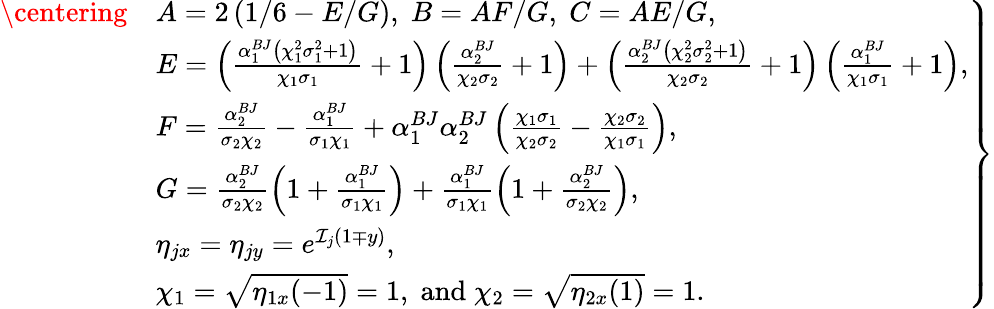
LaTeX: \begin{array}{r}{\left.\begin{array}{rl}{\centering}&{A=2\left(1/6-E/G\right),\; B=AF/G,\; C=AE/G,}\\ &{E=\left(\frac{\alpha_{1}^{BJ}\left(\chi_{1}^{2}\sigma_{1}^{2}+1\right)}{\chi_{1}\sigma_{1}}+1\right)\left(\frac{\alpha_{2}^{BJ}}{\chi_{2}\sigma_{2}}+1\right)+\left(\frac{\alpha_{2}^{BJ}\left(\chi_{2}^{2}\sigma_{2}^{2}+1\right)}{\chi_{2}\sigma_{2}}+1\right)\left(\frac{\alpha_{1}^{BJ}}{\chi_{1}\sigma_{1}}+1\right),}\\ &{F=\frac{\alpha_{2}^{BJ}}{\sigma_{2}\chi_{2}}-\frac{\alpha_{1}^{BJ}}{\sigma_{1}\chi_{1}}+\alpha_{1}^{BJ}\alpha_{2}^{BJ}\left(\frac{\chi_{1}\sigma_{1}}{\chi_{2}\sigma_{2}}-\frac{\chi_{2}\sigma_{2}}{\chi_{1}\sigma_{1}}\right),}\\ &{G=\frac{\alpha_{2}^{BJ}}{\sigma_{2}\chi_{2}}\left(1+\frac{\alpha_{1}^{BJ}}{\sigma_{1}\chi_{1}}\right)+\frac{\alpha_{1}^{BJ}}{\sigma_{1}\chi_{1}}\left(1+\frac{\alpha_{2}^{BJ}}{\sigma_{2}\chi_{2}}\right),}\\ &{\eta_{jx}=\eta_{jy}=e^{\mathcal{I}_{j}(1\mp y)},}\\ &{\chi_{1}=\sqrt{\eta_{1x}(-1)}=1,\; \textnormal{and}\; \chi_{2}=\sqrt{\eta_{2x}(1)}=1.}\end{array}\right\} }\end{array}